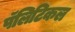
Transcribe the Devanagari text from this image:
पॅलिटिकल